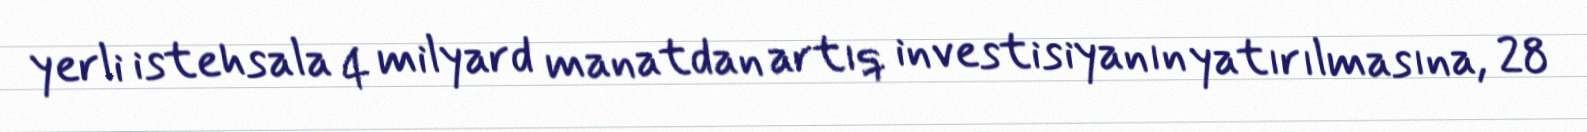
yerli istehsala 4 milyard manatdan artıq investisiyanın yatırılmasına, 28